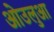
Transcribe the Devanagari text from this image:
ओउलुआ